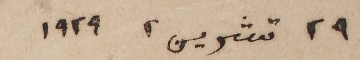
٢٩ تشرين٢ ١٩٢٩